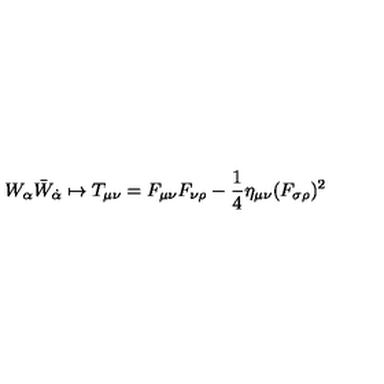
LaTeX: W _ { \alpha } \bar { W } _ { \dot { \alpha } } \mapsto T _ { \mu \nu } = F _ { \mu \nu } F _ { \nu \rho } - { \frac { 1 } { 4 } } \eta _ { \mu \nu } ( F _ { \sigma \rho } ) ^ { 2 }